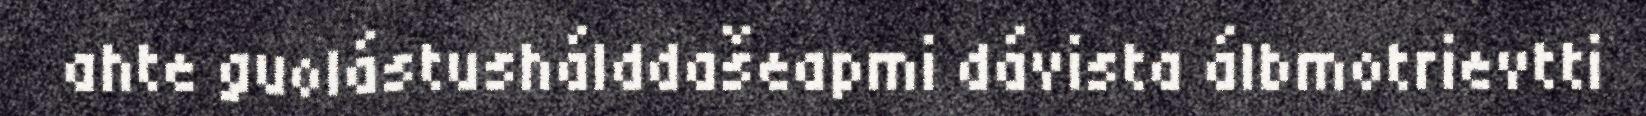
ahte guolástushálddašeapmi dávista álbmotrievtti